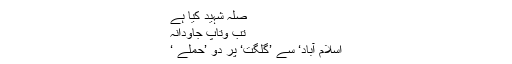
صلہ شہید کیا ہے
تب وتاپ جاودانہ
اسلام آباد‘ سے ’گلگت‘ پر دو ’حملے ‘